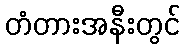
တံတားအနီးတွင်